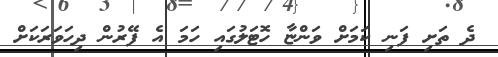
ދެ ތަށި ފަނި ކަމަށް ވަންޏާ ހޮޓަލުގައި ހަމަ އެ ފޭރުން ދިހަވަރަކަށް